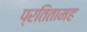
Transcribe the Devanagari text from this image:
प्रतितामह